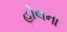
હોલના